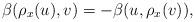
LaTeX: \begin{align*}\beta(\rho_x(u),v)=-\beta(u,\rho_x (v)),\end{align*}